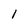
Character: l